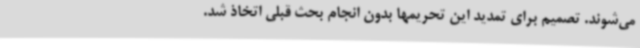
می‌شوند. تصمیم برای تمدید این تحریمها بدون انجام بحث قبلی اتخاذ شد.